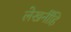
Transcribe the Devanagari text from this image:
लेखनींहि